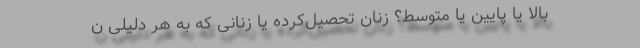
بالا یا پایین یا متوسط؟ زنان تحصیل‌کرده یا زنانی که به هر دلیلی ن